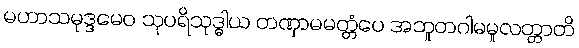
မဟာသမုဒ္ဒမေဝ သုပရိသုဒ္ဓါယ တဏှာမမတ္တံပေ အဘူတဂါမမူလတ္တာတိ